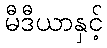
မီဒီယာနှင့်